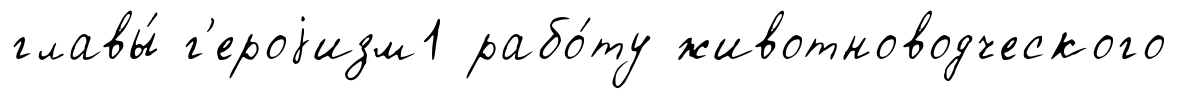
главы́ г'ероjизм1 рабо́ту животноводческого